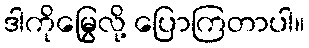
ဒါကိုမြွေလို့ ပြောကြတာပါ။